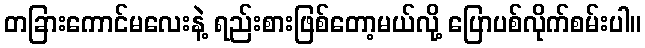
တခြားကောင်မလေးနဲ့ ရည်းစားဖြစ်တော့မယ်လို့ ပြောပစ်လိုက်စမ်းပါ။